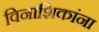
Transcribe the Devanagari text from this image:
विनाशिकांना